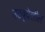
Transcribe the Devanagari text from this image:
उठवूदेखील